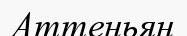
Аттеньян